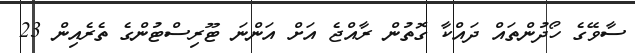
ސާވޭގެ ހޯދުންތައް ދައްކާ ގޮތުން ރާއްޖެ އަށް އަންނަ ޓޫރިސްޓުންގެ ތެރެއިން 23